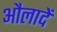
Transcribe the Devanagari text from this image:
औलादें